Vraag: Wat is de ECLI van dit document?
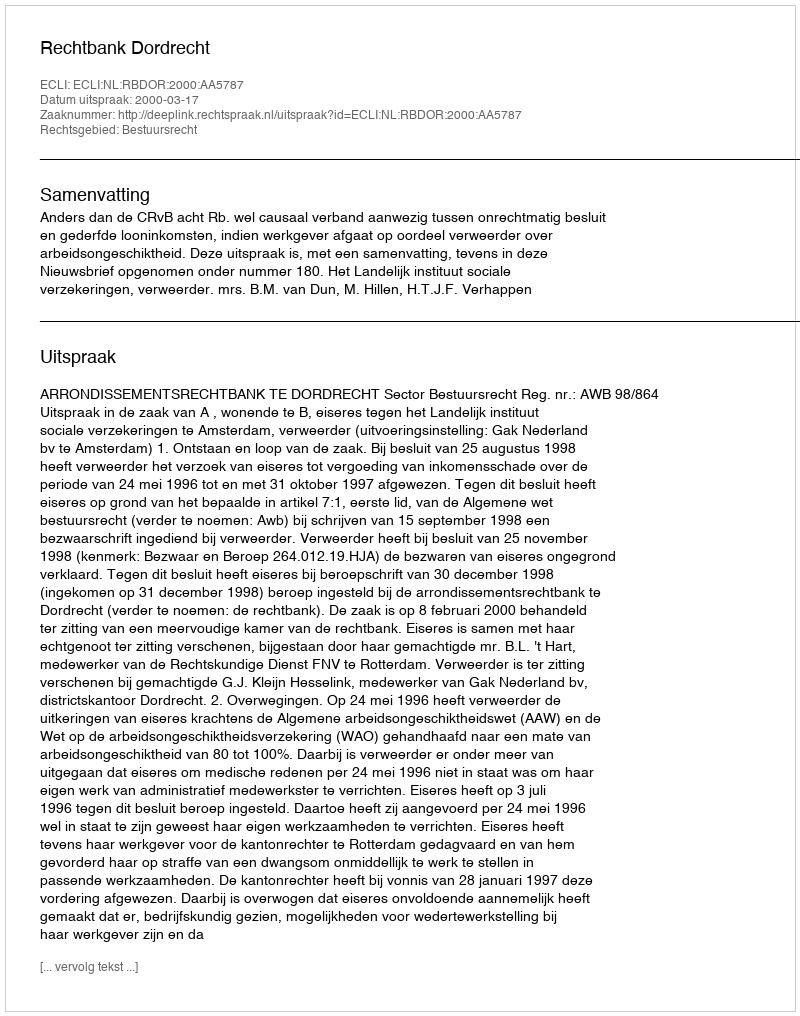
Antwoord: ECLI:NL:RBDOR:2000:AA5787